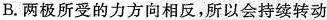
B.两极所受的力方向相反，所以会持续转动